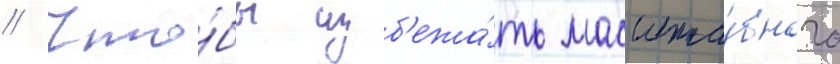
// Что́бы изб'ежа́ть масшта́бного